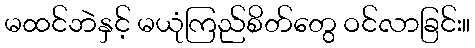
မထင်ဘဲနှင့် မယုံကြည်စိတ်တွေ ဝင်လာခြင်း။